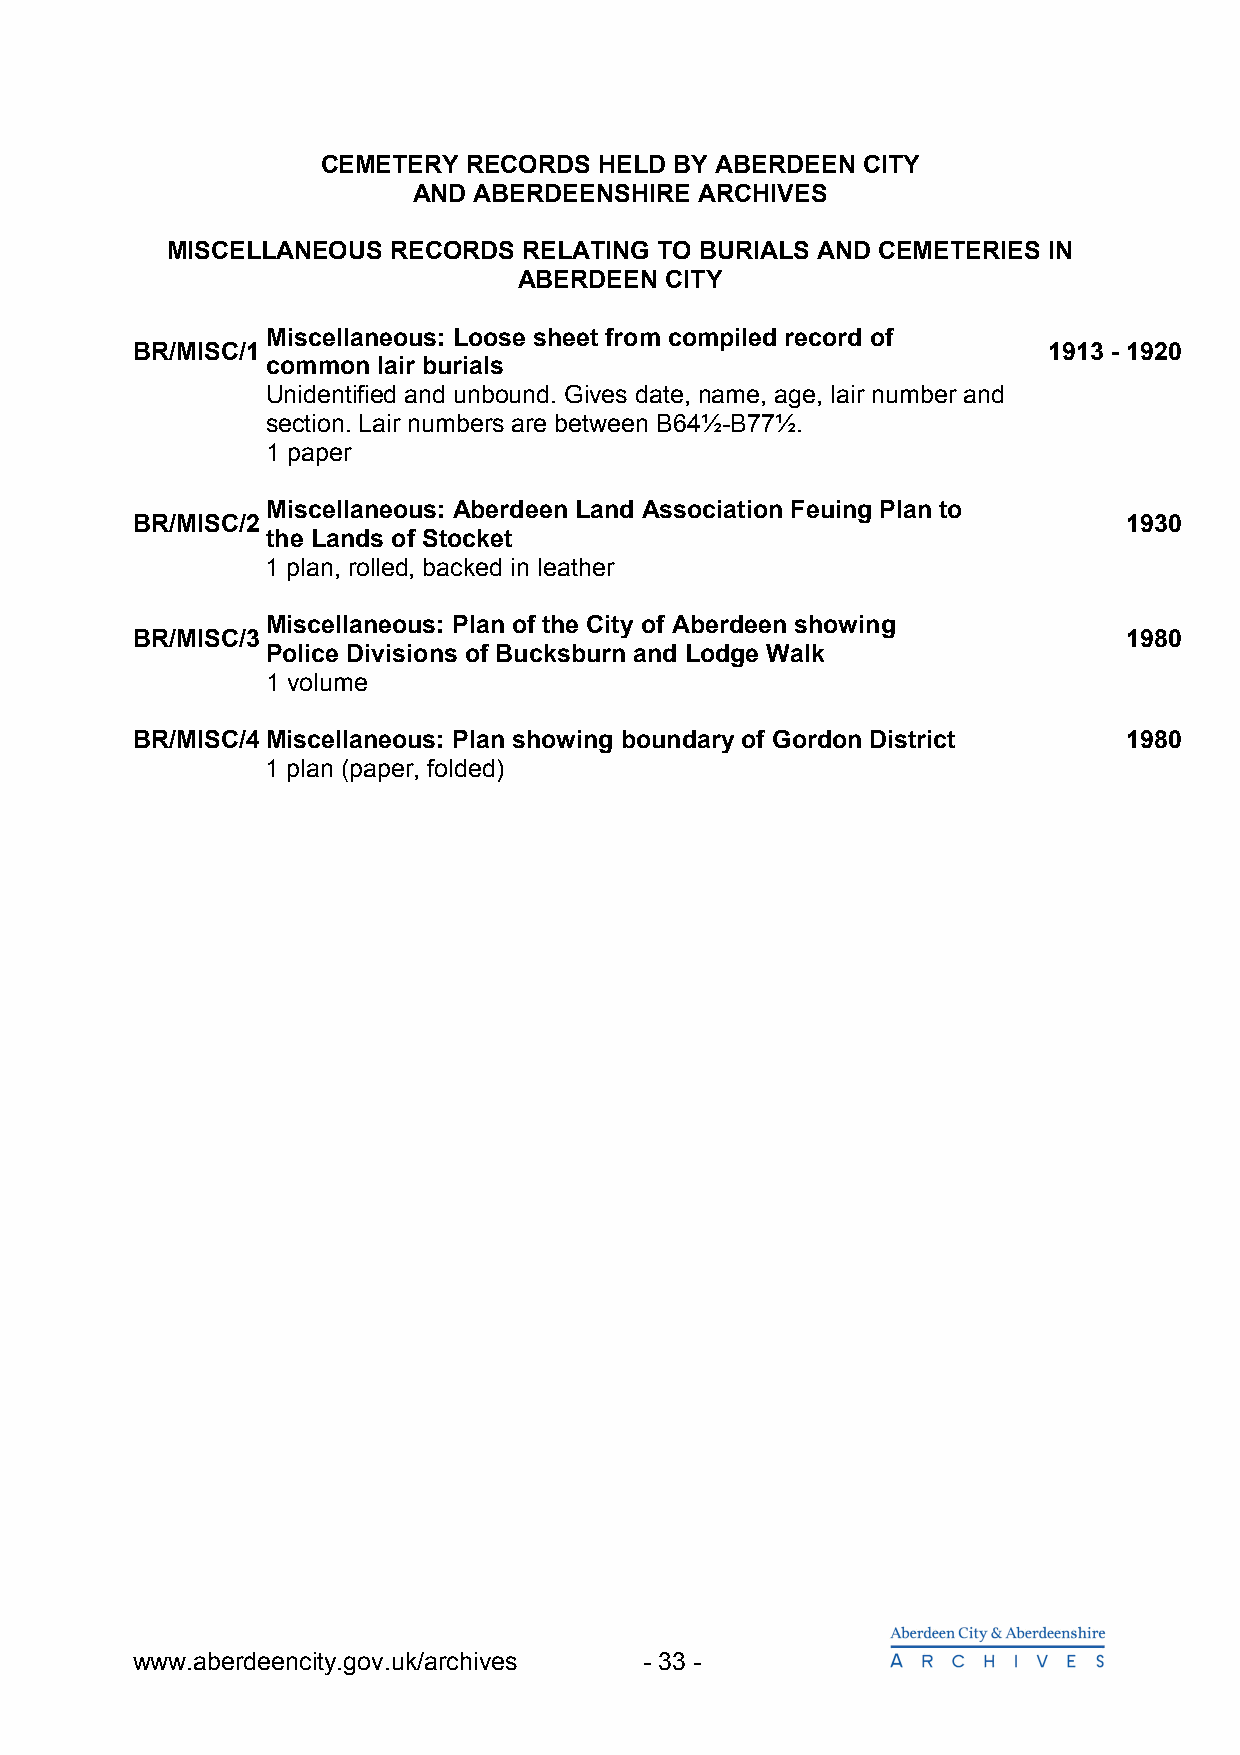
CEMETERY  RECORDS  HELD BY ABERDEEN CITY
 AND ABERDEENSHIRE  ARCHIVES
 MISCELLANEOUS  RECORDS  RELATING TO BURIALS AND CEMETERIES IN
 ABERDEEN  CITY
 Miscellaneous: Loose sheet from compiled record of
 BR/MISC/1                                                   1913 - 1920
 common lair burials
 Unidentified and unbound. Gives date, name, age, lair number and
 section. Lair numbers are between B64½-B77½.
 1 paper
 Miscellaneous: Aberdeen Land Association Feuing Plan to
 BR/MISC/2                                                         1930
 the Lands of Stocket
 1 plan, rolled, backed in leather
 Miscellaneous: Plan of the City of Aberdeen showing
 BR/MISC/3                                                         1980
 Police Divisions of Bucksburn and Lodge Walk
 1 volume
 BR/MISC/4 Miscellaneous: Plan showing boundary of Gordon District 1980
 1 plan (paper, folded)
 www.aberdeencity.gov.uk/archives  - 33 -